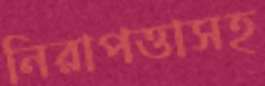
নিরাপত্তাসহ